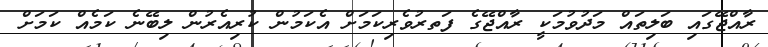
ރާއްޖޭގައި ބަލިތައް މަދުވުމަކީ ރާއްޖޭގެ ފަތރުުވެރިކަމަށް އެކަމުން ކުރިއެރުން ލިބޭނެ ކަމެއް ކަމަށް